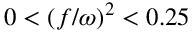
0 < \left( f / \omega \right) ^ { 2 } < 0 . 2 5